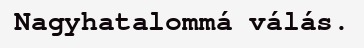
Nagyhatalommá válás.